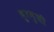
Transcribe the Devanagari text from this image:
भुरभुशी